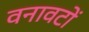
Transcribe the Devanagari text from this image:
वनावटों